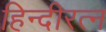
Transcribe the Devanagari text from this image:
हिन्दीरत्न